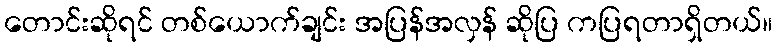
တောင်းဆိုရင် တစ်ယောက်ချင်း အပြန်အလှန် ဆိုပြ ကပြရတာရှိတယ်။